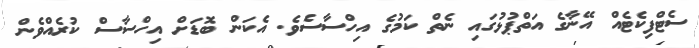
ސެޓްފިކެޓެއް އޭނާގެ އަތްޕުޅުގައި ނެތް ކަމުގެ އިހްސާސެވެ. އެކަން ބޮޑަށް އިހްސާސް ކުރެއްވެން